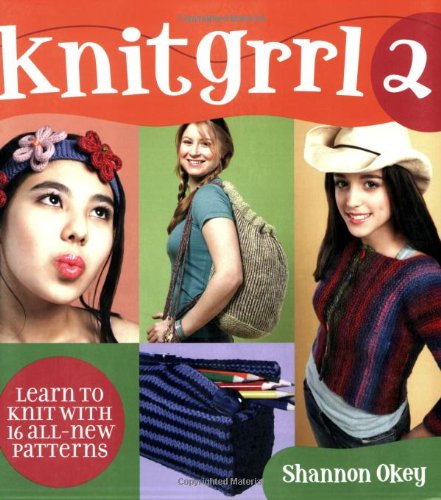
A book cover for Knitgrrl 2: Learn to Knit with 16 All-New Patterns; Shannon Okey; Teen & Young Adult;